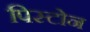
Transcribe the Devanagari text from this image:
पिस्टोन